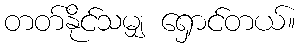
တတ်နိုင်သမျှ ရှောင်တယ်။